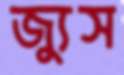
জ্যুস